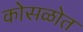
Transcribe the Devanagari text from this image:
कोसळोत